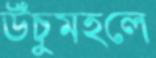
উঁচুমহলে